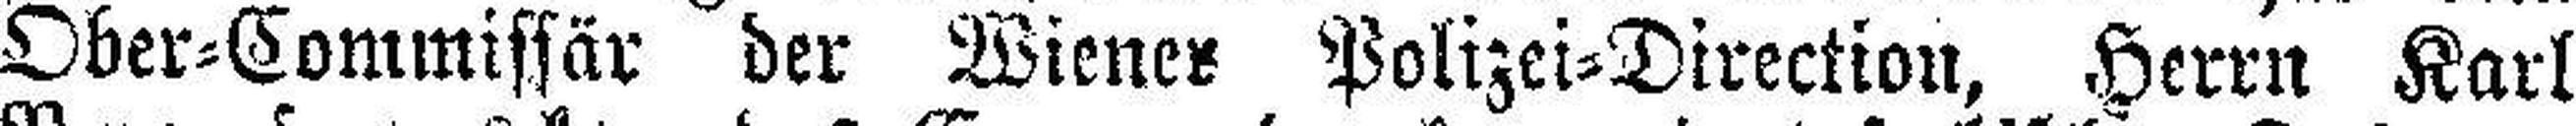
Ober=Commissär der Wiener Polizei=Direction, Herrn Karl